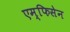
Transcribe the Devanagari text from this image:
एम्फिसेन